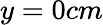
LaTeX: y=0cm